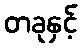
တခုနှင့်